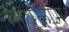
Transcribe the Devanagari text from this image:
मायकॉम